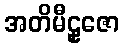
အတိမီဠှဇော